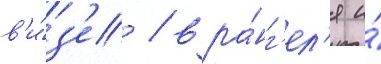
в'и́з'е / вра́нг'ел'я и́